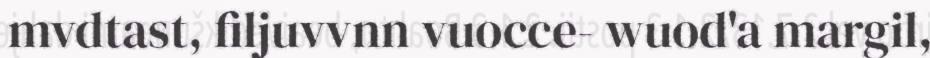
mvdtast, filjuvvnn vuocce- wuod'a margil,